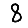
Digit: 8